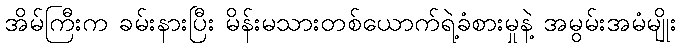
အိမ်ကြီးက ခမ်းနားပြီး မိန်းမသားတစ်ယောက်ရဲ့ခံစားမှုနဲ့ အမွမ်းအမံမျိုး